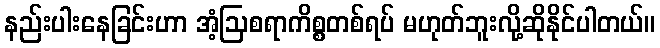
နည်းပါးနေခြင်းဟာ အံ့ဩစရာကိစ္စတစ်ရပ် မဟုတ်ဘူးလို့ဆိုနိုင်ပါတယ်။